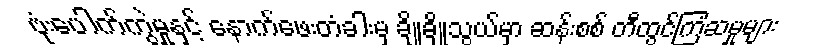
ဗုံးပေါက်ကွဲမှုနှင့် နောက်ဖေးတံခါးမှ ချိုချိုသွယ်မှာ ဆန်းစစ် တီထွင်ကြံဆမှုများ